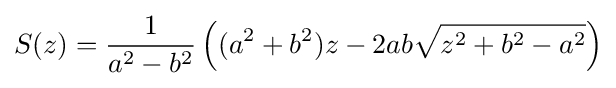
S(z)={\frac {1}{a^{2}-b^{2}}}\left((a^{2}+b^{2})z-2ab{\sqrt {z^{2}+b^{2}-a^{2}}}\right)